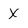
Character: x